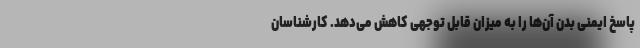
پاسخ ایمنی بدن آن‌ها را به میزان قابل توجهی کاهش می‌دهد. کارشناسان